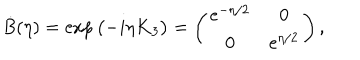
\dot { B } ( \eta ) = \exp { \left( - i \eta \dot { K } _ { 3 } \right) } = \left( \begin{matrix} { { e ^ { - \eta / 2 } } } & { { 0 } } \\ { { 0 } } & { { e ^ { \eta / 2 } } } \\ \end{matrix} \right) ,